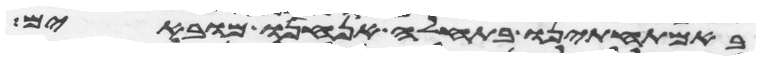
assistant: באמתחתינו בתחלה אנחנו מובאים